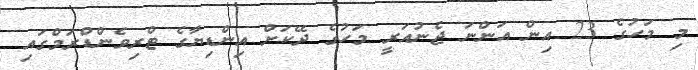
މި މަހުގެ 23 އިން އަންނަ ޖެނުއަރީ މަހުގެ ދޭކަށް އިންޑިޔާގެ ޓްރިވެންޑްރަމްގައި